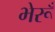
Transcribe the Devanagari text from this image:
भेरूँ